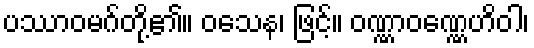
ပဿာဝမဂ်တို့၏။ ဝသေန၊ ဖြင့်။ ဝဏ္ဏာဝဏ္ဏေဟိဝါ၊